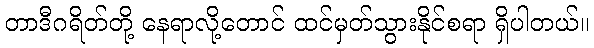
တာဒီဂရိတ်တို့ နေရာလို့တောင် ထင်မှတ်သွားနိုင်စရာ ရှိပါတယ်။